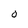
Character: 0